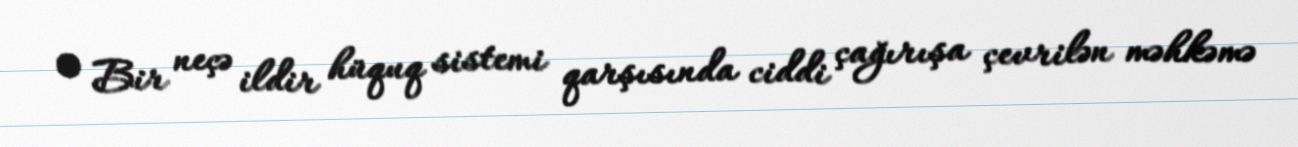
• Bir neçə ildir hüquq sistemi qarşısında ciddi çağırışa çevrilən məhkəmə